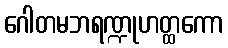
ဂေါတမဘရဏ္ဍုဟတ္ထကော